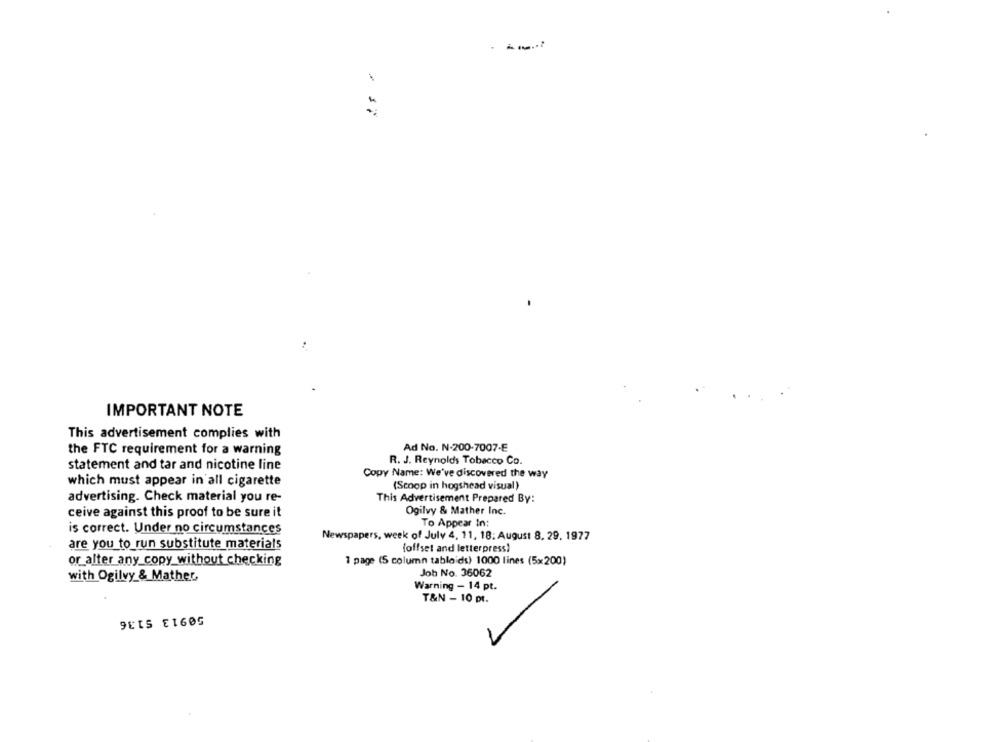
IMPORTANT NOTE
This advertisement complies with
the FTC requirement for a warning
Ad No. N-200-7007-E
R. J. Reynolds Tobacco Co.
statement and tar and nicotine line
Copy Name: We've discovered the way
which must appear in all cigarette
(Scoop in hogshead visual)
advertising. Check material you re-
This Advertisement Prepared By:
ceive against this proof to be sure it
Ogilvy & Mather Inc.
To Appear In:
is correct. Under no circumstances
Newspapers, week of July 4, 11, 18: August 8. 29. 1977
are you to run substitute materials
{offset and letterpress)
or alter any copy without checking
1 page (S column tabloids) 1000 lines (5x200)
with Ogilvy & Mather,
Job No. 36062
Warning - 14 pt.
T&N - 10 pt.
50913 5136